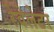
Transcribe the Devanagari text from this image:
रेवेलेटर